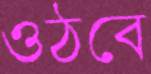
ওঠবে